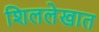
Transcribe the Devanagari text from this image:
शिललेखात